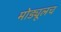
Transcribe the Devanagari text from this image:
मोड्यूलच